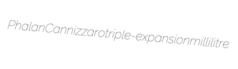
Phalan Cannizzaro triple-expansion millilitre